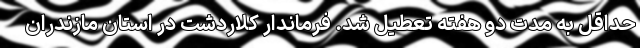
حداقل به مدت دو هفته تعطیل شد. فرماندار کلاردشت در استان مازندران